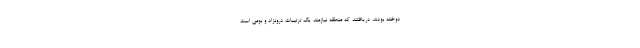
دوخته بودند، دریافتند که منطقه نیازمند یک ترتیبات درونزاد و بومی است